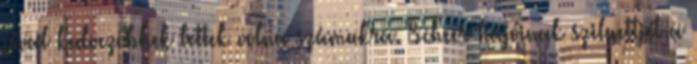
jóval kedvezőbbek lettek volna számukra. Scheer hajóinak sziluettjét a